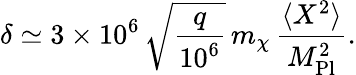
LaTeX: \delta\simeq 3\times 10^{6}\, \sqrt{\frac{q}{10^{6}}}\, m_{\chi}\, \frac{\langle X^{2}\rangle}{M_{\mathrm{Pl}}^{2}}.